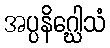
အပ္ပနိဂ္ဃေါသံ